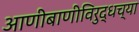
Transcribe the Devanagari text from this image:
आणीबाणीविरुद्धच्या